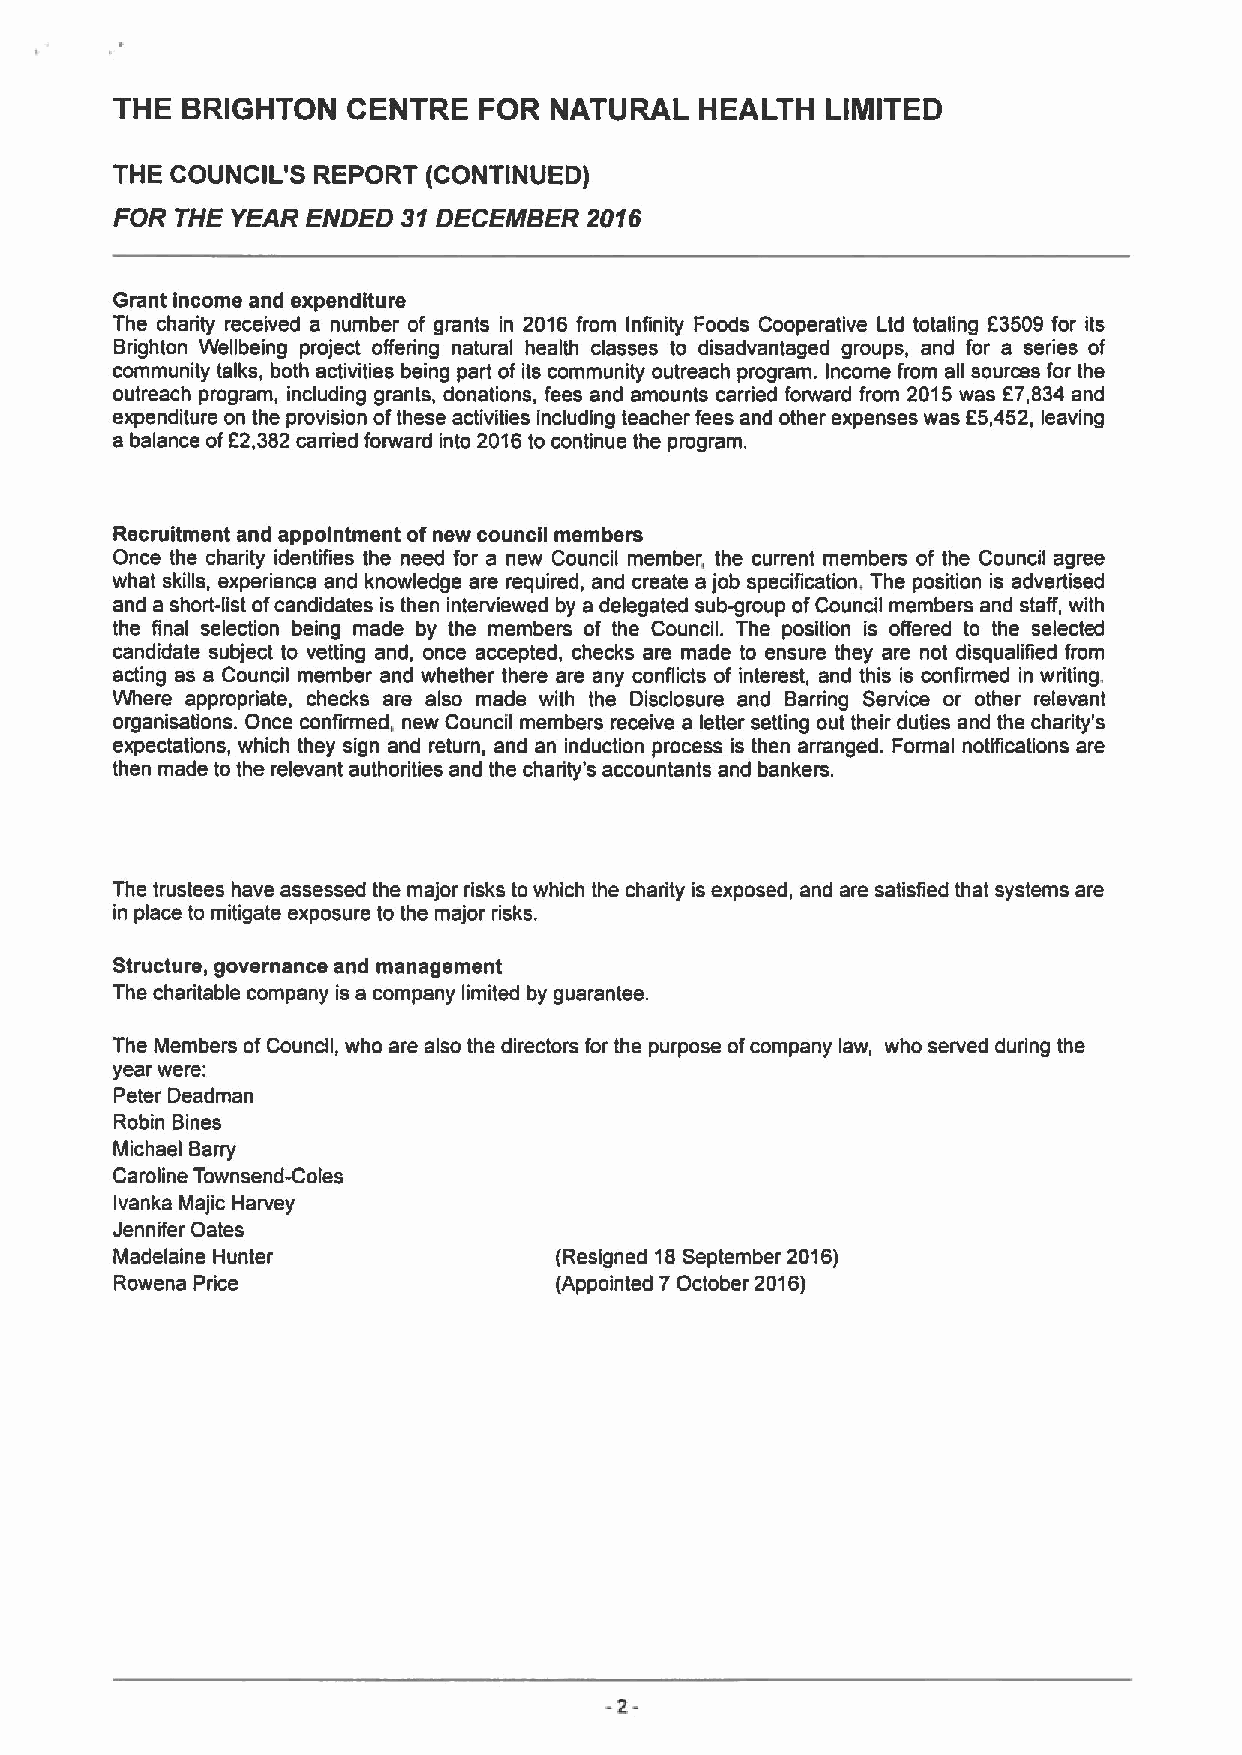
THE  BRIGHTON   CENTRE   FOR NATURAL   HEALTH   LIMITED
 THE COUNCIL'S REPORT (CONTINUED)
 FOR THE YEAR ENDED 31DECEMBER  2016
 Grant income and expenditure
 The charity received a number of grants in 2016 from Infinity Foods Cooperative Ltd totaling E3509 for its
 Brighton Wellbeing project offering natural health classes to disadvantaged groups, and for a series of
 community talks, both activities being part of its community outreach program. Income from all sources for the
 outreach program, including grants, donations, fees and amounts carried forward from 2015was E7,834 and
 expenditure on the provision ofthese activities including teacher fees and other expenses was E5,452, leaving
 a balance ofE2,382carried forward into 2016to continue the program.
 Recruitment and appointment ofnew council members
 Once the charity identifies the need for a new Council member, the current members of the Council agree
 what skills, experience and knowledge are required, and create a job specification, The position is advertised
 and a short-list ofcandidates is then interviewed by a delegated sub-group ofCouncil members and staff, with
 the final selection being made by the members of the Council. The position is offered to the selected
 candidate subject to vetting and, once accepted, checks are made to ensure they are not disqualified from
 acting as a Council member and whether there are any conflicts of interest, and this is confirmed in writing.
 Where appropriate, checks are also made with the Disclosure and Barring Service or other relevant
 organisations. Once confirmed, new Council members receive a letter setting out their duties and the charity's
 expectations, which they sign and return, and an induction process is then arranged. Formal notifications are
 then made to the relevant authodities and the charity's accountants and bankers.
 The trustees have assessed the major risks to which the charity is exposed, and are satisfied that systems are
 in place to mitigate exposure to the major risks.
 Structure, governance and management
 The charitable company is a company limited by guarantee.
 The Members ofCouncil, who are also the directors for the purpose ofcompany law, who served during the
 year were:
 Peter Deadman
 Robin Bines
 Michael Barry
 Caroline Townsend-Colas
 Ivanka Majic Harvey
 Jennifer Dates
 Madelaine Hunter              (Resigned 18September 2016)
 Rowena Price                 (Appointed 7October 2016)